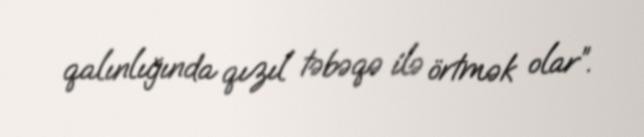
qalınlığında qızıl təbəqə ilə örtmək olar”.